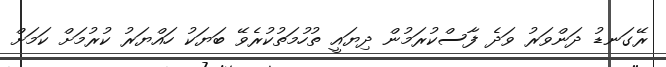
ރޭގަނޑު ދަންވަރު ވަދެ ފާސްކުރަމުން ދިޔައީ ތުހުމަތުކުރެވޭ ބަޔަކު ހައްޔަރު ކުރުމަށް ކަމަށް